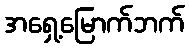
အရှေ့မြောက်ဘက်